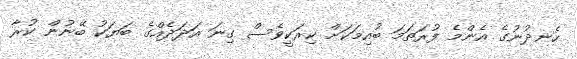
ހެނދުނުގެ އެންމެ ފުރަތަމަ ބުއިމަކަށް ކިރަކީވެސް ގިނަ އަދަދެއްގެ ބަޔަކު ބޭނުން ކުރާ